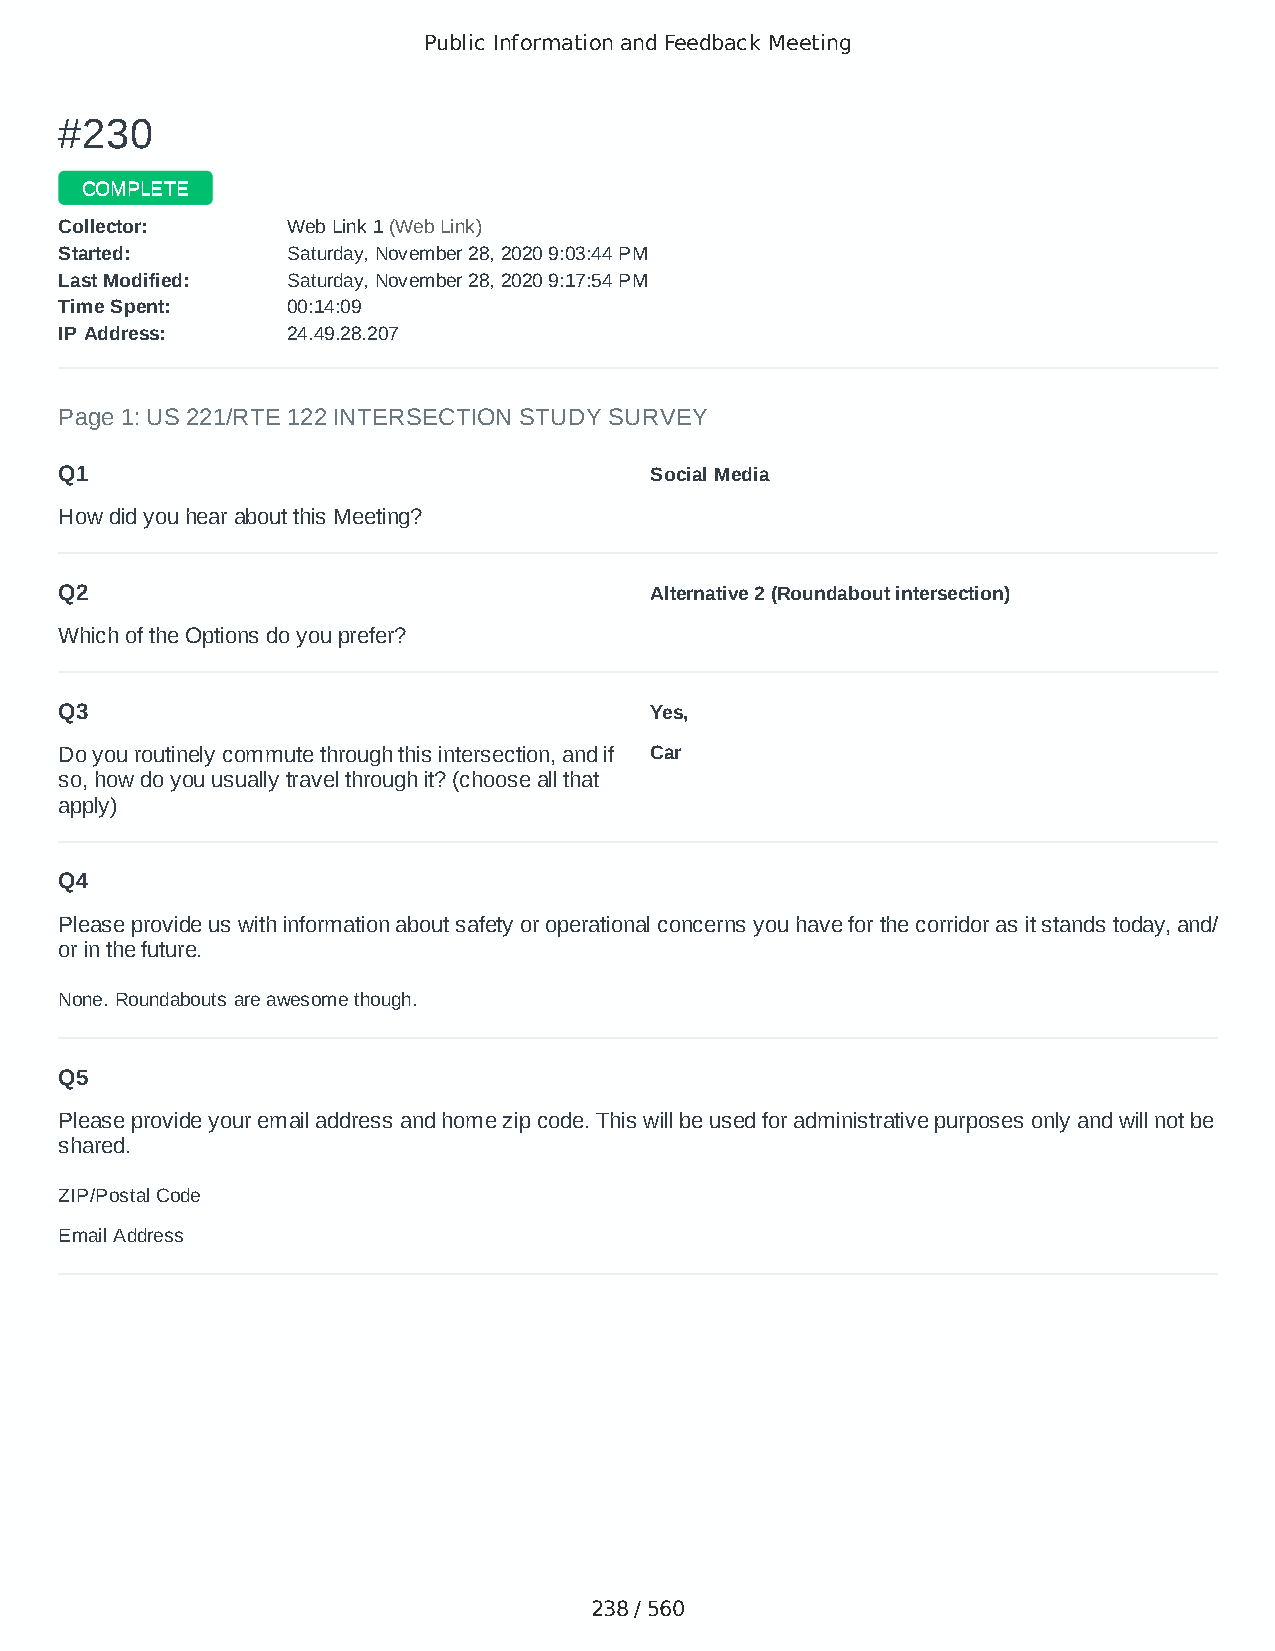
Public Information and Feedback Meeting
 ##223300
 CCOOMMPPLLEETTEE
 CCoolllleeccttoorr:: WWeebb LLiinnkk 11 ((WWeebb LLiinnkk))
 SSttaarrtteedd:: SSaattuurrddaayy,, NNoovveemmbbeerr 2288,, 22002200 99::0033::4444 PPMM
 LLaasstt MMooddiiffiieedd:: SSaattuurrddaayy,, NNoovveemmbbeerr 2288,, 22002200 99::1177::5544 PPMM
 TTiimmee SSppeenntt:: 0000::1144::0099
 IIPP AAddddrreessss:: 2244..4499..2288..220077
 Page 1: US 221/RTE 122 INTERSECTION STUDY SURVEY
 Q1                                     Social Media
 How did you hear about this Meeting?
 Q2                                     Alternative 2 (Roundabout intersection)
 Which of the Options do you prefer?
 Q3                                     Yes,
 Do you routinely commute through this intersection, and if Car
 so, how do you usually travel through it? (choose all that
 apply)
 Q4
 Please provide us with information about safety or operational concerns you have for the corridor as it stands today, and/
 or in the future.
 None. Roundabouts are awesome though.
 Q5
 Please provide your email address and home zip code. This will be used for administrative purposes only and will not be
 shared.
 ZIP/Postal Code                        24503
 Email Address                          luke_e_bob@yahoo.com
 238 / 560